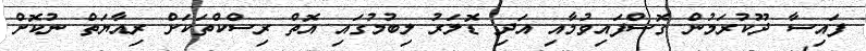
ފައިސާ ދޫކުރަމުން ގޮސްފައިވުމާއި އަދި ޑޮލަރު ލިބުމުގައި އޮތް ރިސްކްތަކަށް ރިއާޔަތް ނުކޮށް